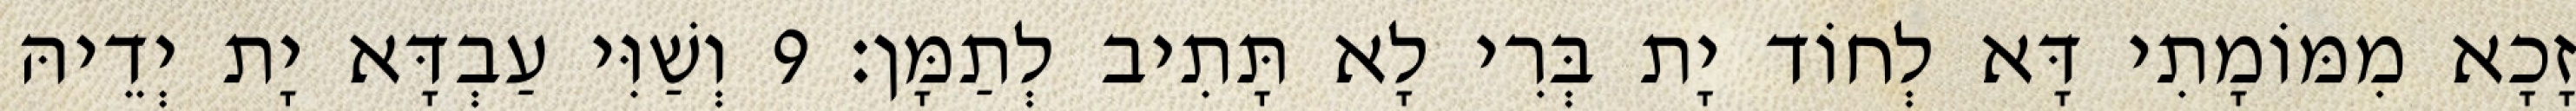
זָכָא מִמּוֹמָתִי דָּא לְחוֹד יָת בְּרִי לָא תָּתִיב לְתַמָּן׃ 9 וְשַׁוִּי עַבְדָּא יָת יְדֵיהּ